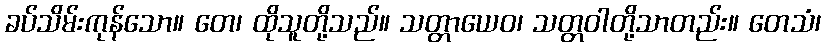
ခပ်သိမ်းကုန်သော။ တေ၊ ထိုသူတို့သည်။ သတ္တာယေဝ၊ သတ္တဝါတို့သာတည်း။ တေသံ၊